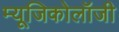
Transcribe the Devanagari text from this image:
म्‍यूजिकोलॉजी